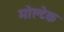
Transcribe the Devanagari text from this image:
मोल्टेक